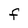
Character: f